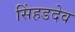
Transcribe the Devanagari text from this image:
सिंहडदेव